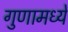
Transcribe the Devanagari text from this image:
गुणामध्ये